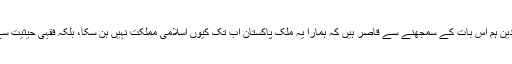
بحیثیت ایک مسلمان اور بحیثیت ایک خادم دین ہم اس بات کے سمجھنے سے قاصر ہیں کہ ہمارا یہ ملک پاکستان اب تک کیوں اسلامی مملکت نہیں بن سکا، بلکہ فقہی حیثیت سے اس کو ”دارالاسلام” کہنا بھی مشکل ہے۔